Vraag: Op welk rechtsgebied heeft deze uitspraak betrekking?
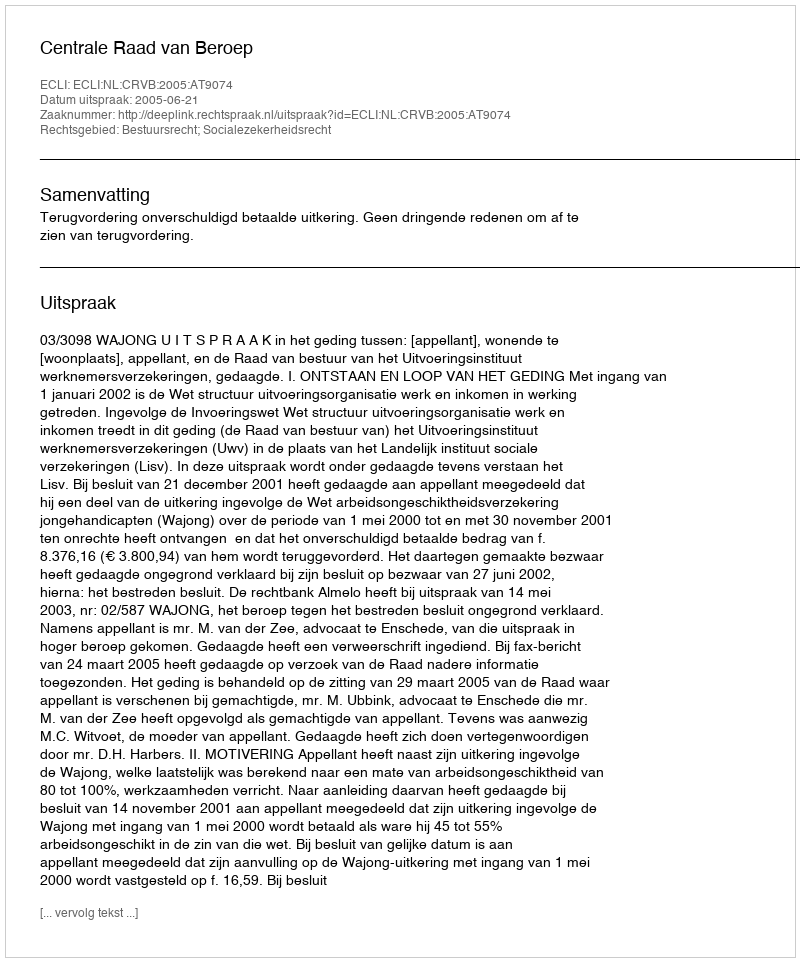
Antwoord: Bestuursrecht; Socialezekerheidsrecht